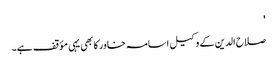
'
صلاح الدین کے وکیل اسامہ خاور کا بھی یہی مؤقف ہے۔